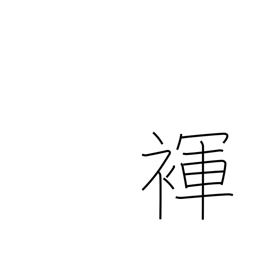
Meaning: loincloth